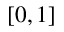
[ 0 , 1 ]